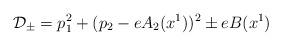
LaTeX: \begin{align*}{\cal D}_\pm=p_1^2+(p_2-e A_2(x^1))^2\pm e B(x^1)\end{align*}